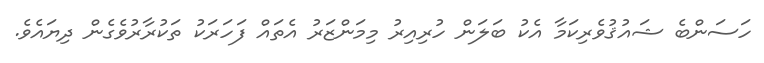
ހަސަންބެ ޝައުޤުވެރިކަމާ އެކު ބަލަން ހުރިއިރު މިމަންޒަރު އެތައް ފަހަރަކު ތަކުރާރުވެގެން ދިޔައެވެ.